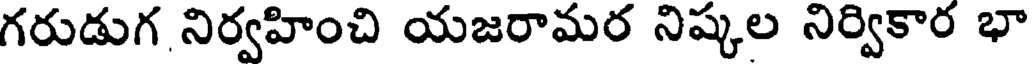
గరుడుగ నిర్వహించి యజరామర నిష్కల నిర్వికార భా